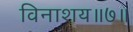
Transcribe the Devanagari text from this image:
विनाशय॥७॥